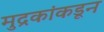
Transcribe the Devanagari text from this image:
मुद्रकांकडून